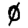
Digit: 0